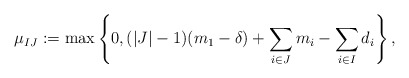
\begin{align*}\mu_{IJ} := \max \left\{ 0 , (|J|-1)(m_1-\delta) + \sum_{i\in J}m_i - \sum_{i\in I} d_i \right\},\end{align*}